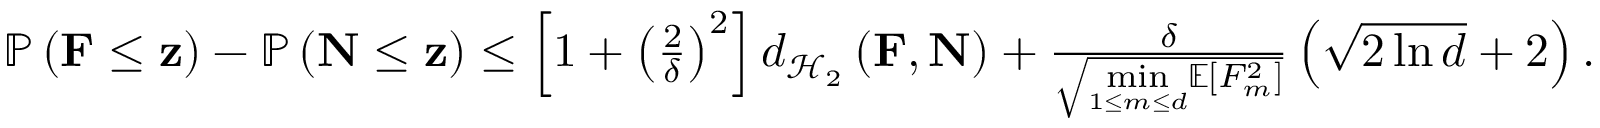
\begin{array} { r } { \mathbb { P } \left( \mathbf { F } \leq \mathbf { z } \right) - \mathbb { P } \left( \mathbf { N } \leq \mathbf { z } \right) \leq \left[ 1 + \left( \frac { 2 } { \delta } \right) ^ { 2 } \right] d _ { \mathcal { H } _ { 2 } } \left( \mathbf { F } , \mathbf { N } \right) + \frac { \delta } { \sqrt { \underset { 1 \leq m \leq d } { \operatorname* { m i n } } \mathbb { E } [ F _ { m } ^ { 2 } ] } } \left( \sqrt { 2 \ln d } + 2 \right) . } \end{array}